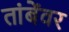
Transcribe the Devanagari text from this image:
तांबेंवर